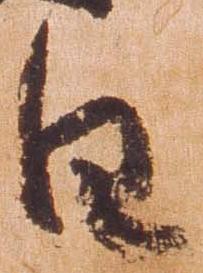
日